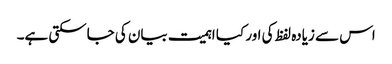
اس سے زیادہ لفظ کی اور کیا اہمیت بیان کی جاسکتی ہے۔